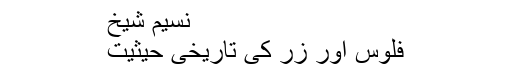
نسیم شیخ
فلوس اور زر کی تاریخی حیثیت